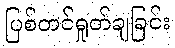
ပြစ်တင်ရှုတ်ချခြင်း